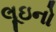
લૂઇનો